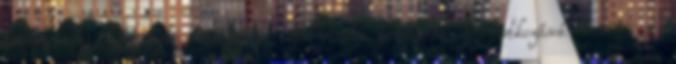
történt az izomsejt működését befolyásoló genetikai beavatkozások terén. A